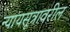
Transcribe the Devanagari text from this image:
न्यायसूत्रावरील